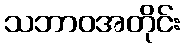
သဘာဝအတိုင်း